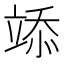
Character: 𥪌